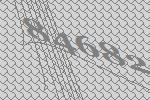
84682